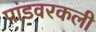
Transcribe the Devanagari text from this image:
पांडवरकली